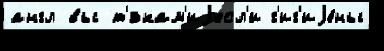
англ вы т'́зкам'иjесл'и г'иг'иjе́ны